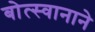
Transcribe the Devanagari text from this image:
बोत्स्वानाने